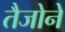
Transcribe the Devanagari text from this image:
तैजोने